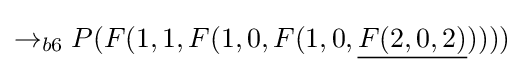
\rightarrow _{b6}P(F(1,1,F(1,0,F(1,0,{\underline {F(2,0,2)}}))))